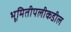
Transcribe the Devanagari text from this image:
भूमितीपलीकडील